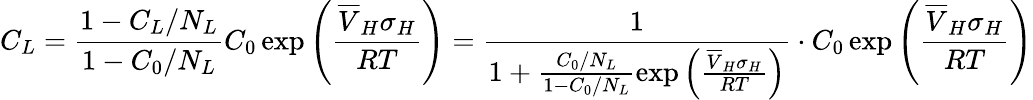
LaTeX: C_{L}=\frac{1-C_{L}/N_{L}}{1-C_{0}/N_{L}}C_{0}\, \mathrm{exp}\left(\frac{\overline{{V}}_{H}\sigma_{H}}{RT}\right)=\frac{1}{1+\frac{C_{0}/N_{L}}{1-C_{0}/N_{L}}\mathrm{exp}\left(\frac{\overline{{V}}_{H}\sigma_{H}}{RT}\right)}\cdot C_{0}\, \mathrm{exp}\left(\frac{\overline{{V}}_{H}\sigma_{H}}{RT}\right)